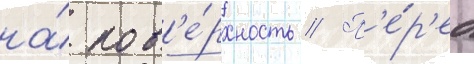
на́ пов'е́рхность // П'е́р'ед